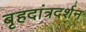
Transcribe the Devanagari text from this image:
बृहदांत्रदर्शन